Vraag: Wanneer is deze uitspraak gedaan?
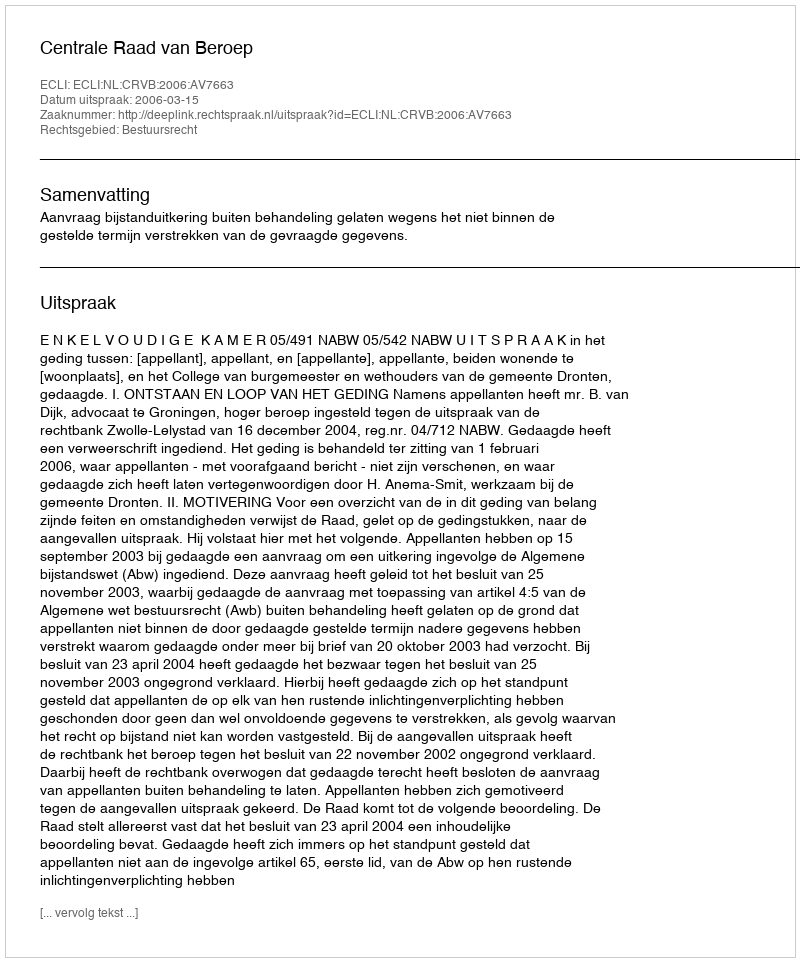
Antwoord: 2006-03-15